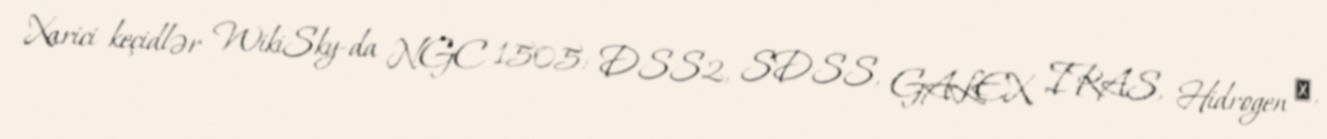
Xarici keçidlər WikiSky-da NGC 1505: DSS2, SDSS, GALEX, IRAS, Hidrogen α,